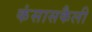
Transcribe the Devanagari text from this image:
कंसासकैली